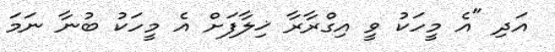
އަދި "އެ މީހަކު ވީ އިގްރާރާ ޚިލާފަށް އެ މީހަކު ބުނާ ނަމަ